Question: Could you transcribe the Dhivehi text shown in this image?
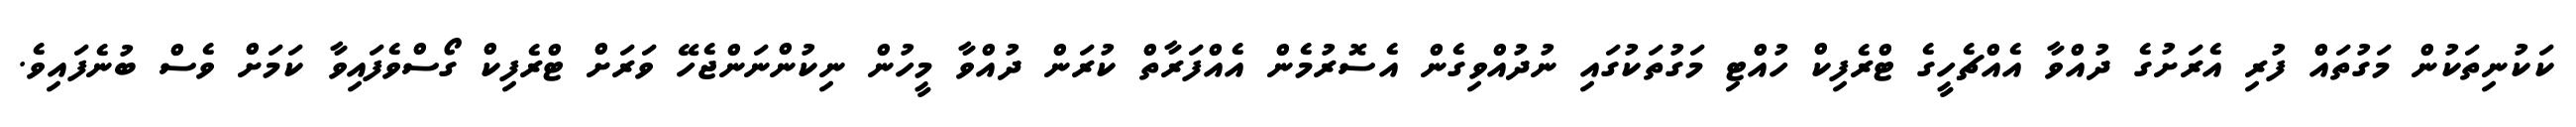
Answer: ކަކުނިތަކުން މަގުތައް ފުރި އެރަށުގެ ދުއްވާ އެއްޗެހީގެ ޓްރެފިކް ހުއްޓި މަގުތަކުގައި ނުދުއްވިގެން އެސޮރުމެން އެއްފަރާތް ކުރަން ދުއްވާ މީހުން ނިކުންނަންޖެހޭ ވަރަށް ޓްރެފިކް ގޯސްވެފައިވާ ކަމަށް ވެސް ބުނެފައިވެ.